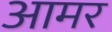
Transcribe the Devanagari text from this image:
आमर